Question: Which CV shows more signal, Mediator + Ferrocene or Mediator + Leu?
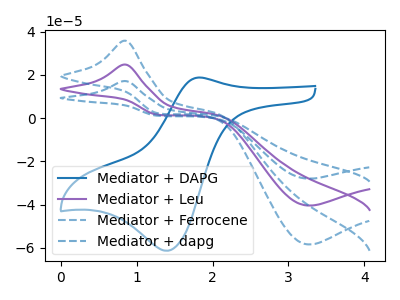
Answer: <think>The blue curve "Mediator + DAPG" has an anodic peak at (1.80V, 18.80uA) and a cathodic peak at (1.40V, -61.40uA). The purple curve "Mediator + Leu" has an anodic peak at (0.85V, 24.80uA) and a cathodic peak at (3.25V, -40.50uA). The blue dashed curve "Mediator + Ferrocene" has an anodic peak at (0.85V, 35.85uA) and a cathodic peak at (3.25V, -58.50uA). The blue dashed curve "Mediator + dapg" has an anodic peak at (0.85V, 49.60uA) and a cathodic peak at (3.25V, -81.00uA).
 All the peaks in "Mediator + Ferrocene" have a peak in "Mediator + Leu" at the same potential. Every peak in "Mediator + Ferrocene" is higher than every peak in "Mediator + Leu".</think>
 <answer>"Mediator + Ferrocene" has more signal than "Mediator + Leu".</answer>
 <eval>more_signal</eval>